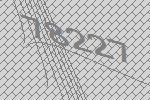
78227